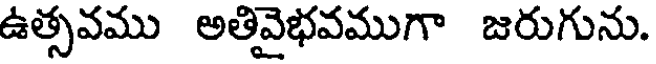
ఉత్సవము అతివైభవముగా జరుగును.